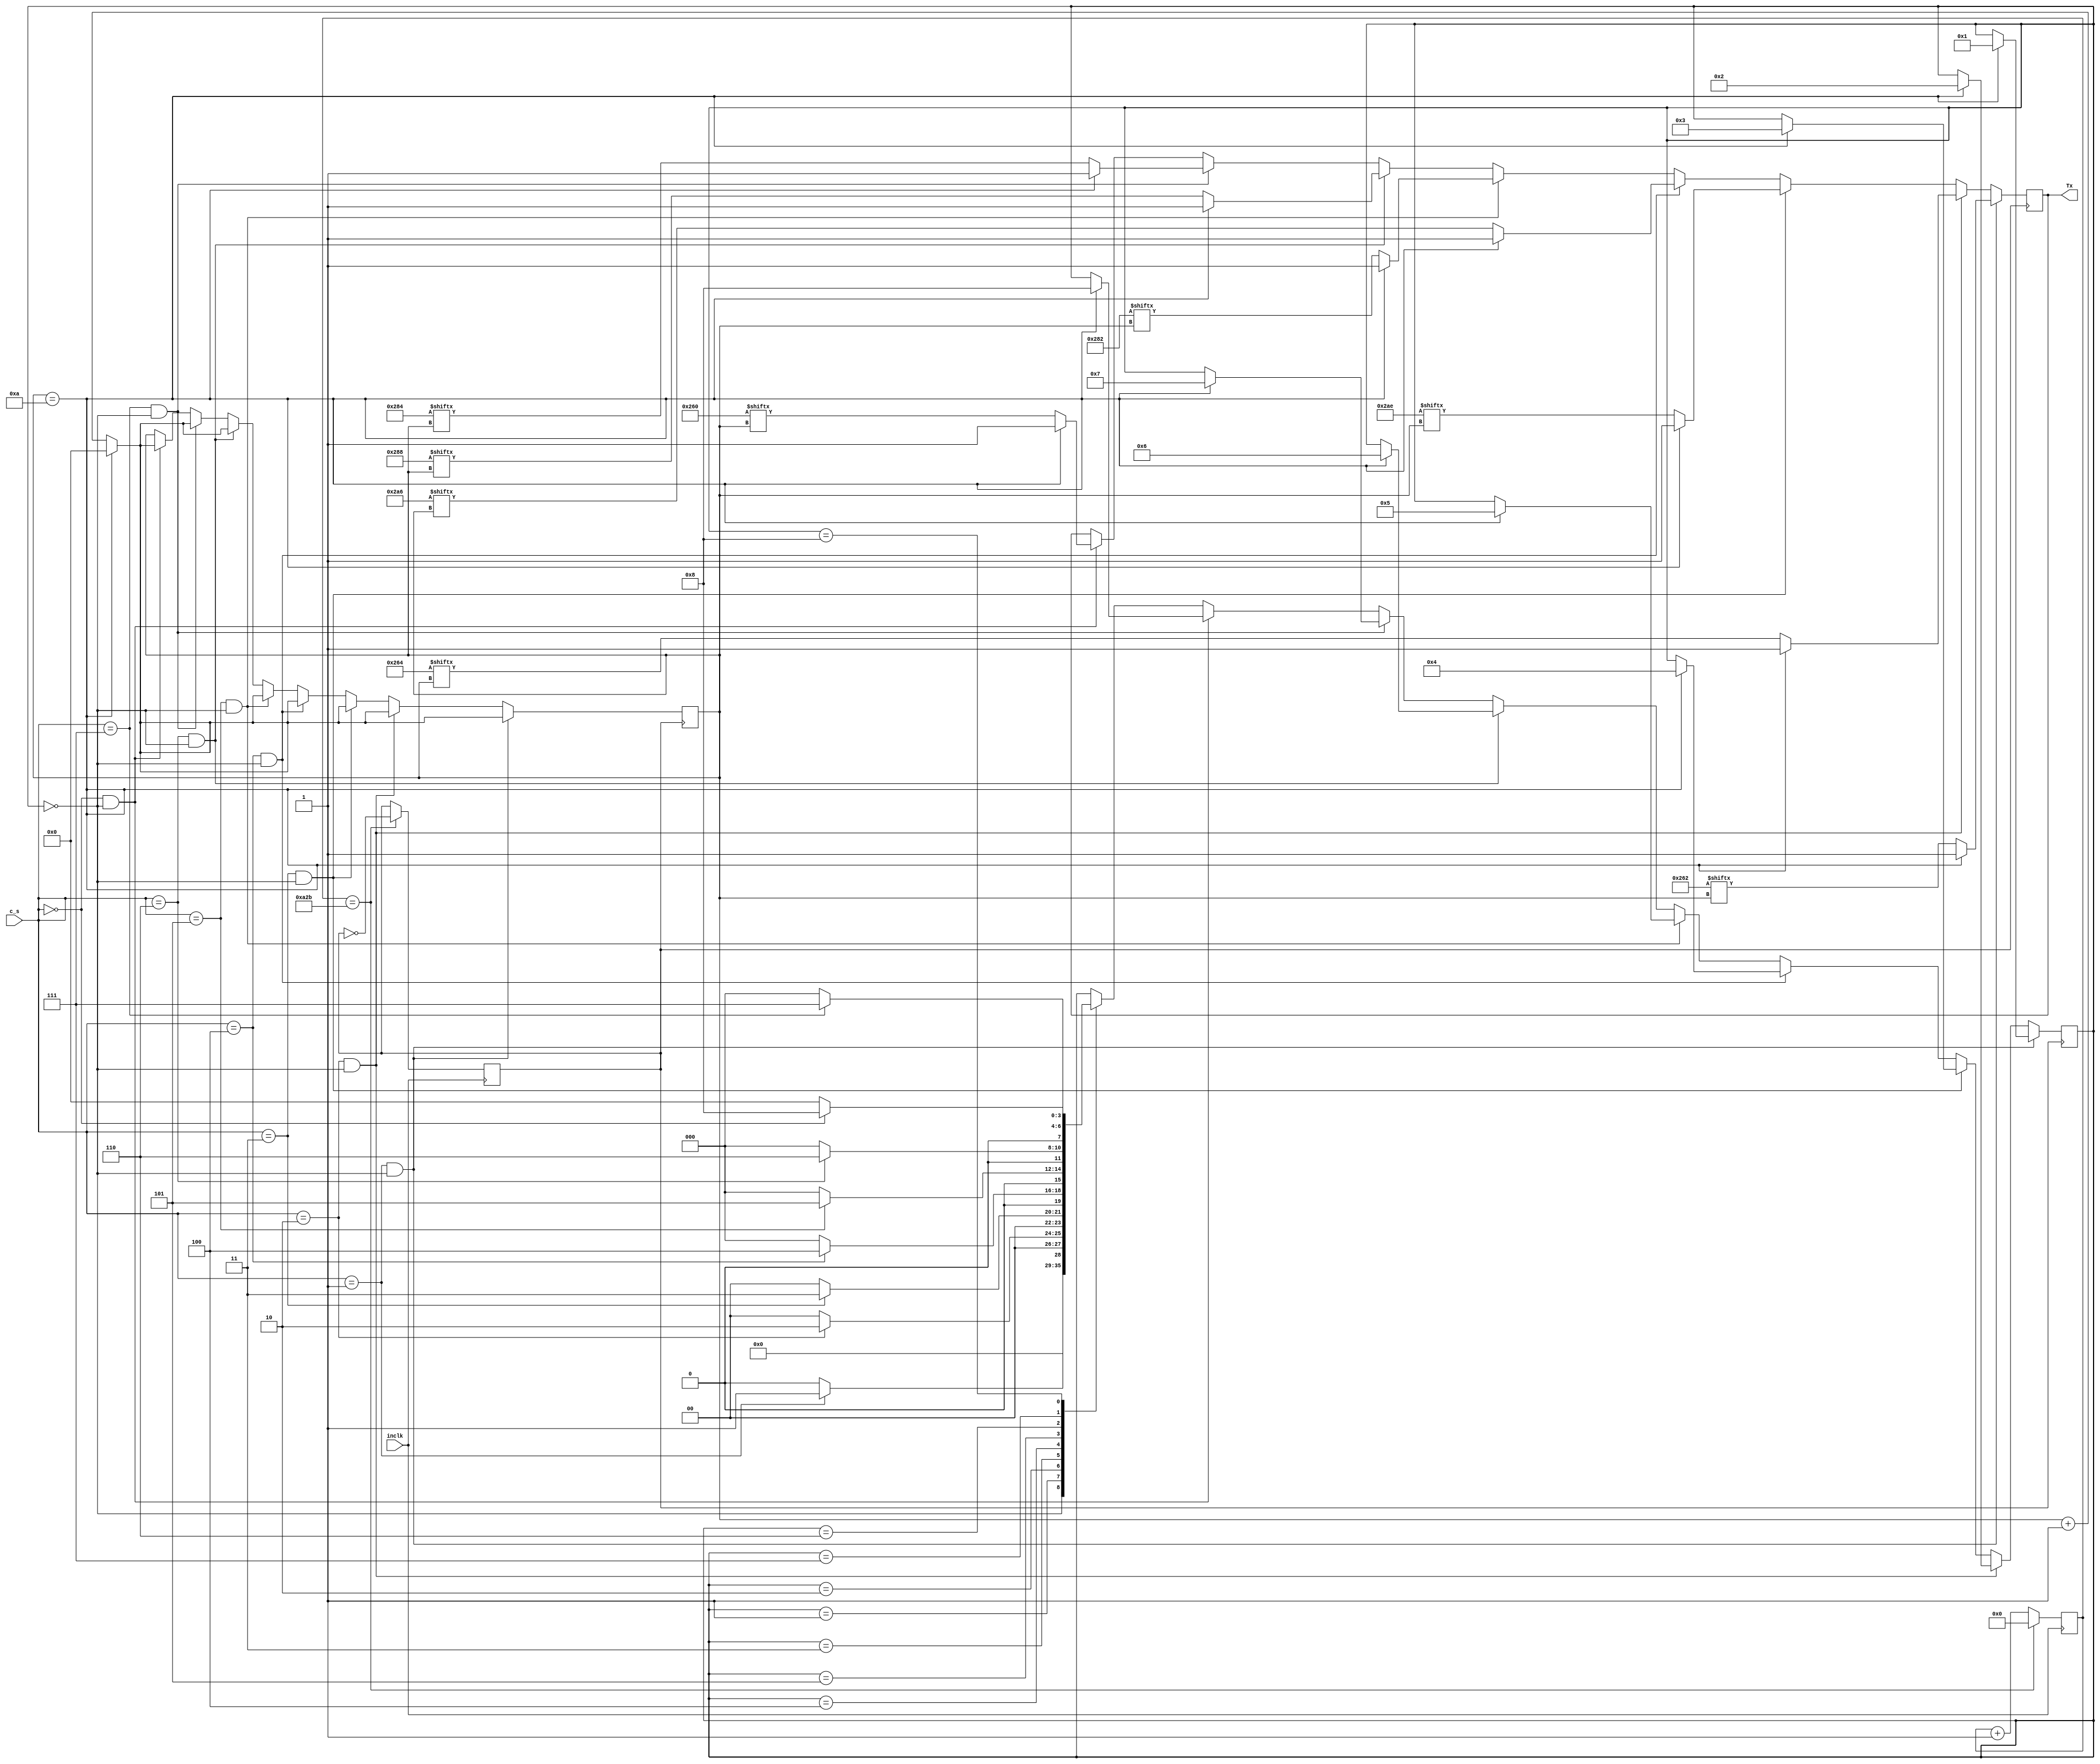
module bluetooth(
input inclk,
input [2:0]c_s,
output reg Tx
);

reg[14:0] count;		//
reg clk_9600;			//9600Hz
reg[3:0] count_1;		//
reg[9:0] TX_DATA_W;		//
reg[9:0] TX_DATA_S;
reg[9:0] TX_DATA_A;
reg[9:0] TX_DATA_D;
reg[9:0] TX_DATA_B;
reg[9:0] TX_DATA_1;
reg[9:0] TX_DATA_2;
reg[9:0] TX_DATA_0;
reg[3:0] state;		//

initial
begin
TX_DATA_W <= 10'b1010101110;
TX_DATA_S <= 10'b1010100110;
TX_DATA_A <= 10'b1010000010;
TX_DATA_D <= 10'b1010001000;
TX_DATA_B <= 10'b1010000100;
TX_DATA_1 <= 10'b1001100010;
TX_DATA_2 <= 10'b1001100100;
TX_DATA_0 <= 10'b1001100000;
clk_9600 <=0;
count <= 0;
count_1<=0;
state<=4'b0000;
end

//9600Hz
always @(posedge inclk)
begin
	if(count == 2603)
		begin
		clk_9600 <= ~clk_9600;
		count<=0;                               
		end
	else
	begin
	count<=count+1;
	end			
end

//
always @(posedge clk_9600)
begin
	if(c_s == 3'b001 && state == 4'b0000)
	begin
			if(count_1 == 10)
				begin
				count_1 <= 0;
				state <= 4'b0001;
				Tx<=1;
				end
			else 
				begin
				Tx <= TX_DATA_1[count_1];
				count_1 <= count_1+1;
				end
	end
	else if(c_s == 3'b010 && state == 4'b0000)
			begin
				if(count_1 == 10)
				begin
				count_1 <= 0;
				state <= 4'b0010;
				Tx<=1;
				end
			else 
				begin
				Tx <= TX_DATA_2[count_1];
				count_1 <= count_1+1;
				end
			end
			else if(c_s == 3'b011 && state == 4'b0000)
					begin
					if(count_1 == 10)
						begin
						count_1 <= 0;
						state <= 4'b0011;
						Tx<=1;
						end
					else 
						begin
						Tx <= TX_DATA_W[count_1];
						count_1 <= count_1+1;
						end
					end
					else if(c_s == 3'b100 && state == 4'b0000)
							begin
							if(count_1 == 10)
								begin
								count_1 <= 0;
								state <= 4'b0100;
								Tx<=1;
								end
							else 
								begin
								Tx <= TX_DATA_S[count_1];
								count_1 <= count_1+1;
								end
							end
							else if(c_s == 3'b101 && state == 4'b0000)
									begin
									if(count_1 == 10)
										begin
										count_1 <= 0;
										state <= 4'b0101;
										Tx<=1;
										end
									else 
										begin
										Tx <= TX_DATA_A[count_1];
										count_1 <= count_1+1;
										end
									end
									else if(c_s == 3'b110 && state == 4'b0000)
											begin
											if(count_1 == 10)
												begin
												count_1 <= 0;
												state <= 4'b0110;
												Tx<=1;
												end
											else 
												begin
												Tx <= TX_DATA_D[count_1];
												count_1 <= count_1+1;
												end
											end
											else if(c_s == 3'b111 && state == 4'b0000)
													begin
													if(count_1 == 10)
														begin
														count_1 <= 0;
														state <= 4'b0111;
														Tx<=1;
														end
													else 
														begin
														Tx <= TX_DATA_B[count_1];
														count_1 <= count_1+1;
														end
													end
												else if(c_s == 3'b000 && state == 4'b0000)
														begin
														if(count_1 == 10)
														begin
														count_1 <= 0;
														state <= 4'b1000;
														Tx<=1;
														end
														else 
														begin
														Tx <= TX_DATA_0[count_1];
														count_1 <= count_1+1;
														end
													end
													else 
													case(state)
													4'b0000:state<=4'b0000;
													4'b0001:if(c_s == 3'b001)
																	state<=4'b0001;
															 else
																	state<=4'b0000;
													4'b0010:if(c_s == 3'b010)
																	state<=4'b0010;
															 else
																	state<=4'b0000;
													4'b0011:if(c_s == 3'b011)
																	state<=4'b0011;
															 else
																	state<=4'b0000;
													4'b0100:if(c_s == 3'b100)
																	state<=4'b0100;
															 else
																	state<=4'b0000;
													4'b0101:if(c_s == 3'b101)
																	state<=4'b0101;
															 else
																	state<=4'b0000;
													4'b0110:if(c_s == 3'b110)
																	state<=4'b0110;
															 else
																	state<=4'b0000;
													4'b0111:if(c_s == 3'b111)
																	state<=4'b0111;
															 else
																	state<=4'b0000;
													4'b1000:if(c_s == 3'b000)
																	state<=4'b1000;
															 else
																	state<=4'b0000;
													default:;
												endcase
end
endmodule